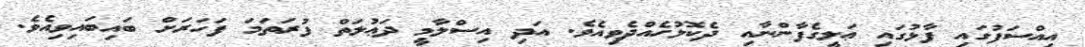
އިއްސަފުގައި ފާޅުގައި ޢަލީގެފާންނާއި ދެކޮޅުހެއްދެވިއެވެ. އަދި އިސްލާމީ ދަޢުލަތް ފުރަތަމަ ފަހަރަށް ބައިބައިވިއެވެ.